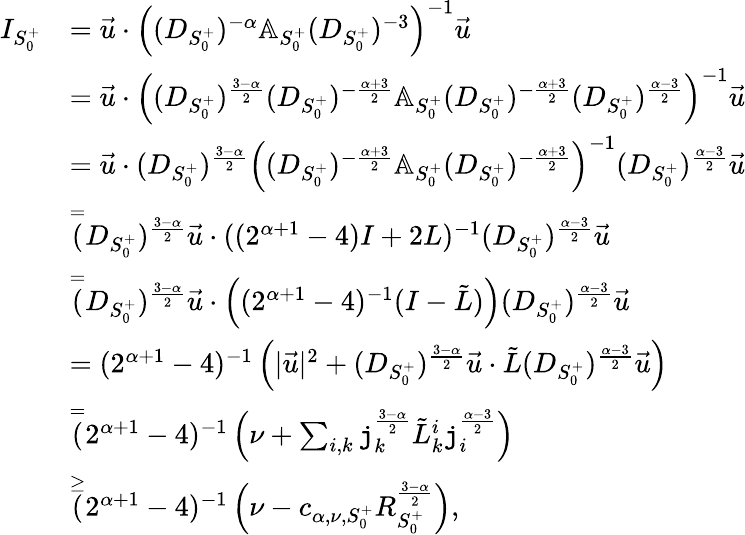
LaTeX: \begin{array}{rl}{I_{S_{0}^{+}}}&{=\vec{u}\cdot\left((D_{S_{0}^{+}})^{-\alpha}\mathbb{A}_{S_{0}^{+}}(D_{S_{0}^{+}})^{-3}\right)^{-1}\vec{u}}\\ &{=\vec{u}\cdot\left((D_{S_{0}^{+}})^{\frac{3-\alpha}2}(D_{S_{0}^{+}})^{-\frac{\alpha+3}{2}}\mathbb{A}_{S_{0}^{+}}(D_{S_{0}^{+}})^{-\frac{\alpha+3}2}(D_{S_{0}^{+}})^{\frac{\alpha-3}2}\right)^{-1}\vec{u}}\\ &{=\vec{u}\cdot(D_{S_{0}^{+}})^{\frac{3-\alpha}2}\left((D_{S_{0}^{+}})^{-\frac{\alpha+3}{2}}\mathbb{A}_{S_{0}^{+}}(D_{S_{0}^{+}})^{-\frac{\alpha+3}2}\right)^{-1}(D_{S_{0}^{+}})^{\frac{\alpha-3}2}\vec{u}}\\ &{\overset=(D_{S_{0}^{+}})^{\frac{3-\alpha}2}\vec{u}\cdot((2^{\alpha+1}-4)I+2L)^{-1}(D_{S_{0}^{+}})^{\frac{\alpha-3}2}\vec{u}}\\ &{\overset=(D_{S_{0}^{+}})^{\frac{3-\alpha}2}\vec{u}\cdot\left((2^{\alpha+1}-4)^{-1}(I-\tilde{L})\right)(D_{S_{0}^{+}})^{\frac{\alpha-3}2}\vec{u}}\\ &{=(2^{\alpha+1}-4)^{-1}\left(|\vec{u}|^{2}+(D_{S_{0}^{+}})^{\frac{3-\alpha}2}\vec{u}\cdot\tilde{L}(D_{S_{0}^{+}})^{\frac{\alpha-3}2}\vec{u}\right)}\\ &{\overset=(2^{\alpha+1}-4)^{-1}\left(\nu+\sum_{i,k}\mathtt{j}_{k}^{\frac{3-\alpha}2}\tilde{L}_{k}^{i}\mathtt{j}_{i}^{\frac{\alpha-3}2}\right)}\\ &{\overset\ge(2^{\alpha+1}-4)^{-1}\left(\nu-c_{\alpha,\nu,S_{0}^{+}}R_{S_{0}^{+}}^{\frac{3-\alpha}2}\right),}\end{array}